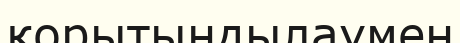
қорытындылаумен